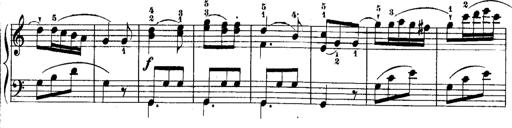
Title: Rondos and Sonatinas for Pianoforte
Composer: Daniel Steibelt